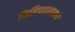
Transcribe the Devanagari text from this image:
फिलिपाइन्समध्ये